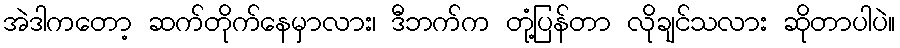
အဲဒါကတော့ ဆက်တိုက်နေမှာလား၊ ဒီဘက်က တုံ့ပြန်တာ လိုချင်သလား ဆိုတာပါပဲ။